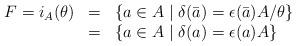
LaTeX: \begin{align*}\begin{array}{rcl} F = i_A(\theta) &=& \{ a \in A \mid \delta(\bar{a})=\epsilon(\bar{a}) A/\theta \} \\&=& \{ a \in A \mid \delta(a)=\epsilon(a) A \}\end{array}\end{align*}